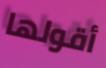
أقولها